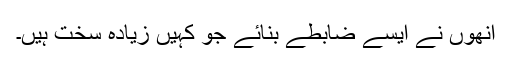
انھوں نے ایسے ضابطے بنائے جو کہیں زیادہ سخت ہیں۔